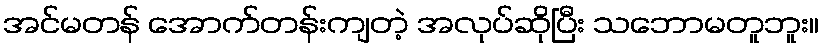
အင်မတန် အောက်တန်းကျတဲ့ အလုပ်ဆိုပြီး သဘောမတူဘူး။